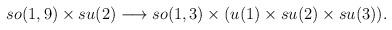
LaTeX: \begin{align*}so(1,9) \times su(2) \longrightarrow so(1,3) \times (u(1) \times su(2) \times su(3)).\end{align*}